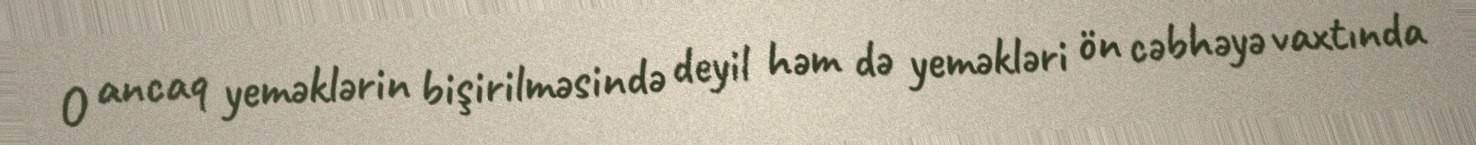
O ancaq yeməklərin bişirilməsində deyil həm də yeməkləri ön cəbhəyə vaxtında